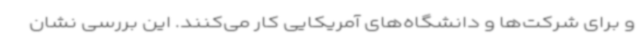
و برای شرکت‌ها و دانشگاه‌های آمریکایی کار می‌کنند. این بررسی نشان